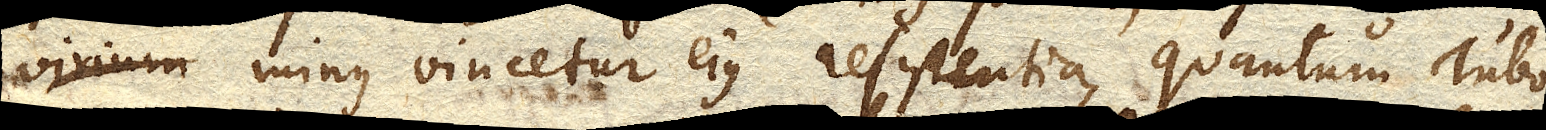
virium minus vincetur ejus resistentia , quantum Tubo